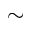
\sim